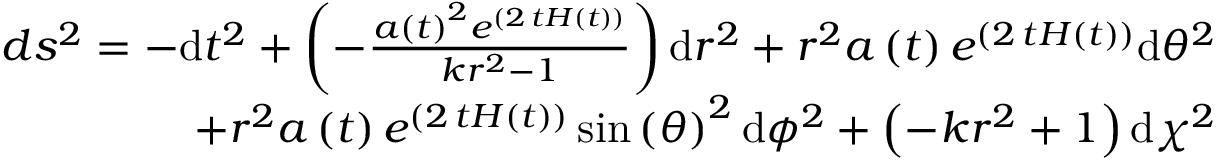
\begin{array} { r } { d s ^ { 2 } = - \mathrm { d } t ^ { 2 } + \left( - \frac { a \left( t \right) ^ { 2 } e ^ { \left( 2 \, t H \left( t \right) \right) } } { k r ^ { 2 } - 1 } \right) \mathrm { d } r ^ { 2 } + r ^ { 2 } a \left( t \right) e ^ { \left( 2 \, t H \left( t \right) \right) } \mathrm { d } { \theta } ^ { 2 } } \\ { + r ^ { 2 } a \left( t \right) e ^ { \left( 2 \, t H \left( t \right) \right) } \sin \left( { \theta } \right) ^ { 2 } \mathrm { d } { \phi } ^ { 2 } + \left( - k r ^ { 2 } + 1 \right) \mathrm { d } { \chi } ^ { 2 } } \end{array}